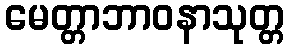
မေတ္တာဘာဝနာသုတ္တ